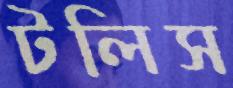
টলিস